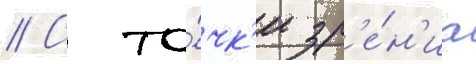
// С то́чк'и зр'е́н'иа